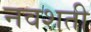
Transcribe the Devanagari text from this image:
नवशती